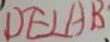
D E \bot A B